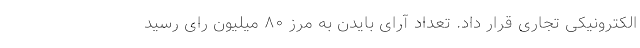
الکترونیکی تجاری قرار داد. تعداد آرای بایدن به مرز ۸۰ میلیون رای رسید